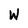
Character: W